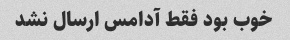
خوب بود فقط آدامس ارسال نشد